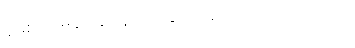
ရှမစ်က မပူပါနဲ့ သူလိုက်ပေးပါ့မယ်လို့ ပြောပါတယ်။